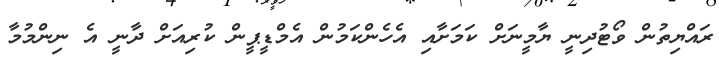
ރައްޔިތުން ވޯޓުދިނީ ޔާމީނަށް ކަމަށާއި އެހެންކަމުން އެމްޑީޕީން ކުރިއަށް ދާނީ އެ ނިންމުމާ